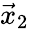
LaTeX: {\vec{x}}_{2}